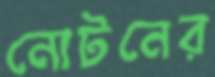
নোটনের